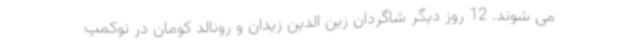
می شوند. 12 روز دیگر شاگردان زین الدین زیدان و رونالد کومان در نوکمپ